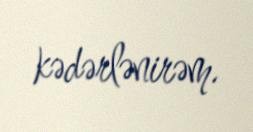
kədərlənirəm.